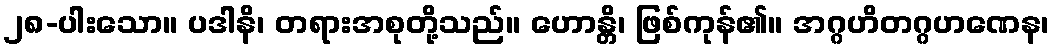
၂၈-ပါးသော။ ပဒါနိ၊ တရားအစုတို့သည်။ ဟောန္တိ၊ ဖြစ်ကုန်၏။ အဂ္ဂဟိတဂ္ဂဟဏေန၊